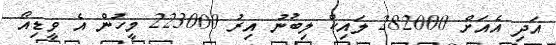
އަދި އެއަށް 282000 ލައިކް ލިބުނު އިރު 223000 މީހުން އެ ވީޑިއޯ